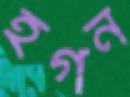
হগন